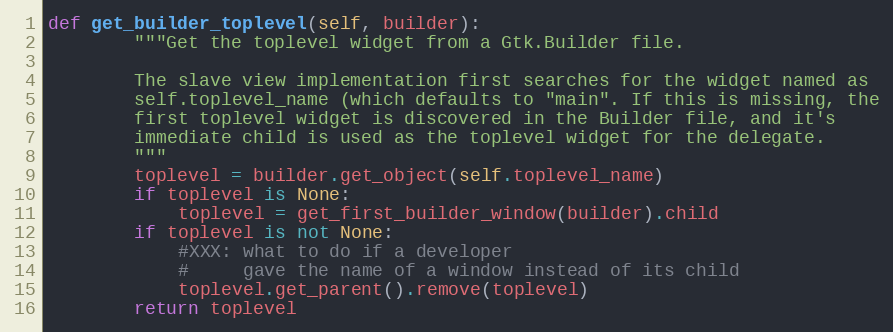
Language: Python
def get_builder_toplevel(self, builder):
        """Get the toplevel widget from a Gtk.Builder file.

        The slave view implementation first searches for the widget named as
        self.toplevel_name (which defaults to "main". If this is missing, the
        first toplevel widget is discovered in the Builder file, and it's
        immediate child is used as the toplevel widget for the delegate.
        """
        toplevel = builder.get_object(self.toplevel_name)
        if toplevel is None:
            toplevel = get_first_builder_window(builder).child
        if toplevel is not None:
            #XXX: what to do if a developer
            #     gave the name of a window instead of its child
            toplevel.get_parent().remove(toplevel)
        return toplevel